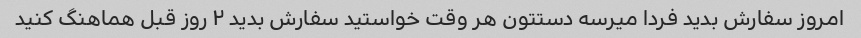
امروز سفارش بدید فردا میرسه دستتون هر وقت خواستید سفارش بدید ۲ روز قبل هماهنگ کنید